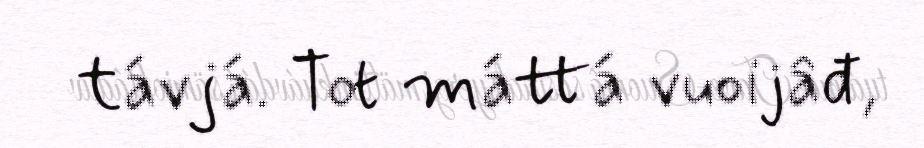
távjá. Tot máttá vuoijâđ,